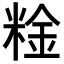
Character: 𥺻